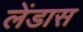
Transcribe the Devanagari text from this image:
लेंडास